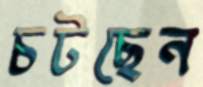
চটছেন